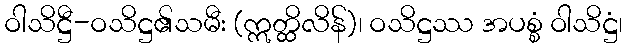
ဝါသိဋ္ဌီ-ဝသိဋ္ဌ၏သမီး (ဣတ္ထိလိန်)၊ ဝသိဋ္ဌဿ အပစ္စံ ဝါသိဋ္ဌံ၊